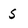
Character: S